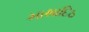
માથાદિઠ